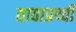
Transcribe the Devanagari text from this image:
द्यावाप्रथ्वी